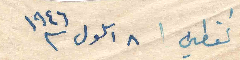
القطين ٨ ايلول ١٩٤٦